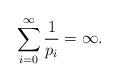
LaTeX: \begin{align*}\sum_{i = 0}^{\infty} \frac{1}{p_i} = \infty.\end{align*}